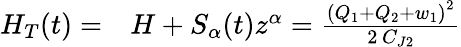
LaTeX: \begin{array}{rl}{H_{T}(t)=}&{{}H+S_{\alpha}(t)z^{\alpha}=\frac{{\left(Q_{1}+Q_{2}+w_{1}\right)}^{2}}{2\, C_{J2}}}\end{array}